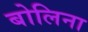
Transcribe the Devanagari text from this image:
बोलिना